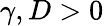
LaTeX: \gamma,D>0